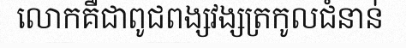
លោកគឺជាពូជពង្សវង្សត្រកូលជំនាន់